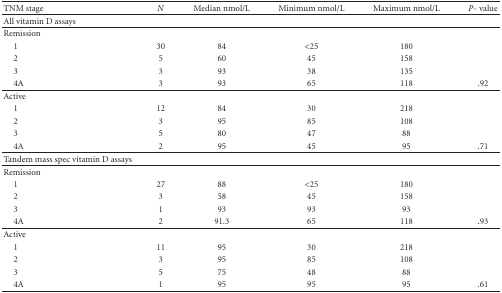
<table><thead><tr><td><b>TNM stage</b></td><td><b><i>N</i></b></td><td><b>Median nmol/L</b></td><td><b>Minimum nmol/L</b></td><td><b>Maximum nmol/L</b></td><td><b><i>P</i>- value</b></td></tr></thead><tbody><tr><td>All vitamin D assays</td><td></td><td></td><td></td><td></td><td></td></tr><tr><td>Remission</td><td></td><td></td><td></td><td></td><td></td></tr><tr><td><i> </i>1</td><td>30</td><td>84</td><td> &lt;25</td><td>180</td><td></td></tr><tr><td><i> </i>2</td><td>5</td><td>60</td><td>45</td><td>158</td><td></td></tr><tr><td><i> </i>3</td><td>3</td><td>93</td><td>38</td><td>135</td><td></td></tr><tr><td><i> </i>4A</td><td>3</td><td>93</td><td>65</td><td>118</td><td>.92</td></tr><tr><td>Active</td><td></td><td></td><td></td><td></td><td></td></tr><tr><td><i> </i>1</td><td>12</td><td>84</td><td>30</td><td>218</td><td></td></tr><tr><td><i> </i>2</td><td>3</td><td>95</td><td>85</td><td>108</td><td></td></tr><tr><td><i> </i>3</td><td>5</td><td>80</td><td>47</td><td>88</td><td></td></tr><tr><td><i> </i>4A</td><td>2</td><td>95</td><td>45</td><td>95</td><td>.71</td></tr><tr><td>Tandem mass spec vitamin D assays</td><td></td><td></td><td></td><td></td><td></td></tr><tr><td>Remission</td><td></td><td></td><td></td><td></td><td></td></tr><tr><td><i> </i>1</td><td>27</td><td>88</td><td>&lt;25</td><td>180</td><td></td></tr><tr><td><i> </i>2</td><td>3</td><td>58</td><td>45</td><td>158</td><td></td></tr><tr><td><i> </i>3</td><td>1</td><td>93</td><td>93</td><td>93</td><td></td></tr><tr><td><i> </i>4A</td><td>2</td><td>91.3</td><td>65</td><td>118</td><td>.93</td></tr><tr><td>Active</td><td></td><td></td><td></td><td></td><td></td></tr><tr><td><i> </i>1</td><td>11</td><td>95</td><td>30</td><td>218</td><td></td></tr><tr><td><i> </i>2</td><td>3</td><td>95</td><td>85</td><td>108</td><td></td></tr><tr><td><i> </i>3</td><td>5</td><td>75</td><td>48</td><td>88</td><td></td></tr><tr><td><i> </i>4A</td><td>1</td><td>95</td><td>95</td><td>95</td><td>.61</td></tr></tbody></table>